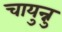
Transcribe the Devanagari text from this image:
चायुन्नु